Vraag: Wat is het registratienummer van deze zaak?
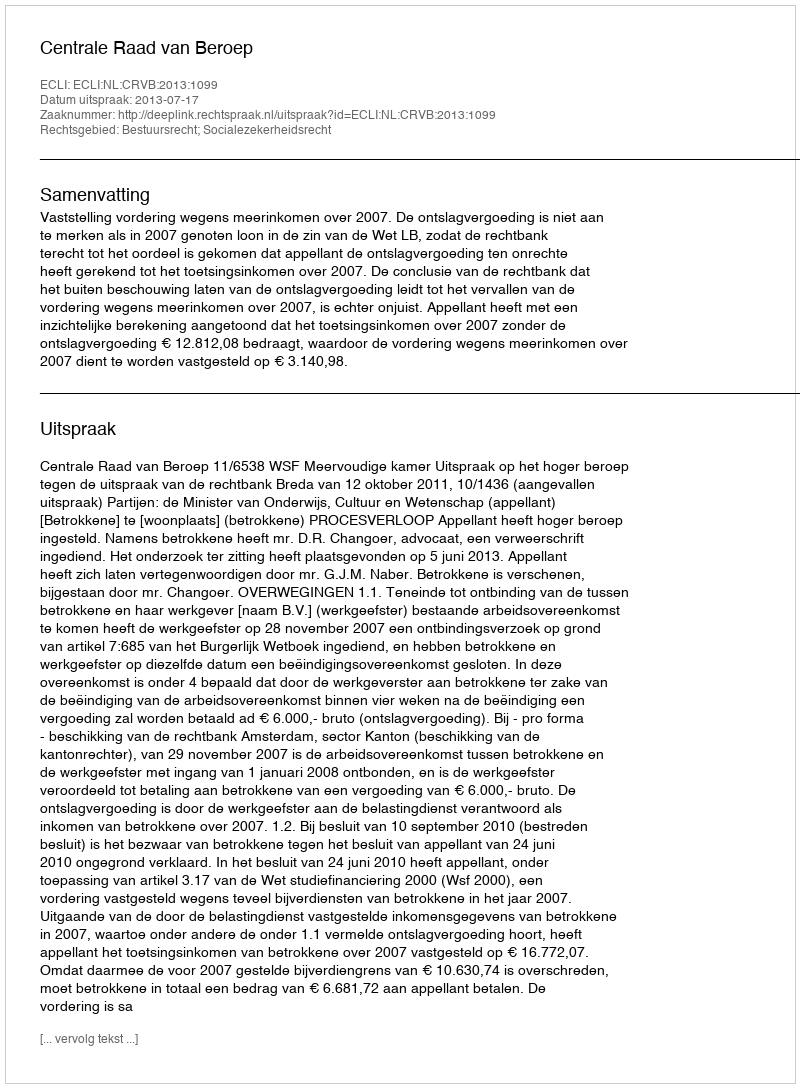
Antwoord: http://deeplink.rechtspraak.nl/uitspraak?id=ECLI:NL:CRVB:2013:1099